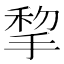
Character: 𢮃